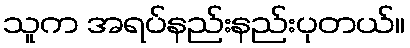
သူက အရပ်နည်းနည်းပုတယ်။